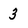
Character: 3